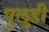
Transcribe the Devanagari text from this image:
पुलुडी